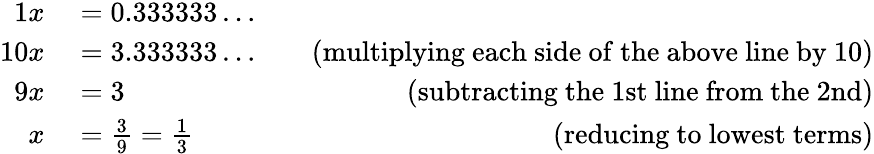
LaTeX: \begin{array}{rlr}{{1}x}&{{}=0.333333\ldots}\\ {10x}&{{}=3.333333\ldots\quad}&{{\mathrm{(multiplying~each~side~of~the~above~line~by~10)}}}\\ {9x}&{{}=3}&{{\mathrm{(subtracting~the~1st~line~from~the~2nd)}}}\\ {x}&{{}={\frac{3}{9}}={\frac{1}{3}}}&{{\mathrm{(reducing~to~lowest~terms)}}}\end{array}